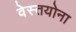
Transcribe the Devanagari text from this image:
वेस्तयोना